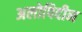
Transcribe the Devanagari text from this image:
अलोपिदीन